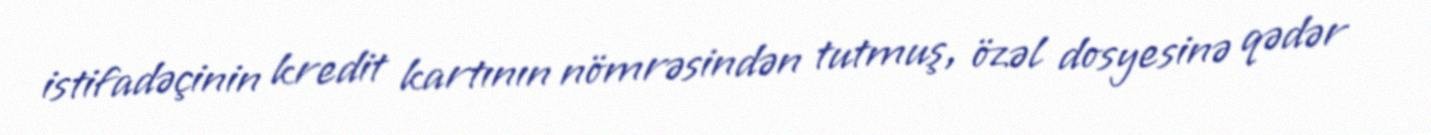
istifadəçinin kredit kartının nömrəsindən tutmuş, özəl dosyesinə qədər